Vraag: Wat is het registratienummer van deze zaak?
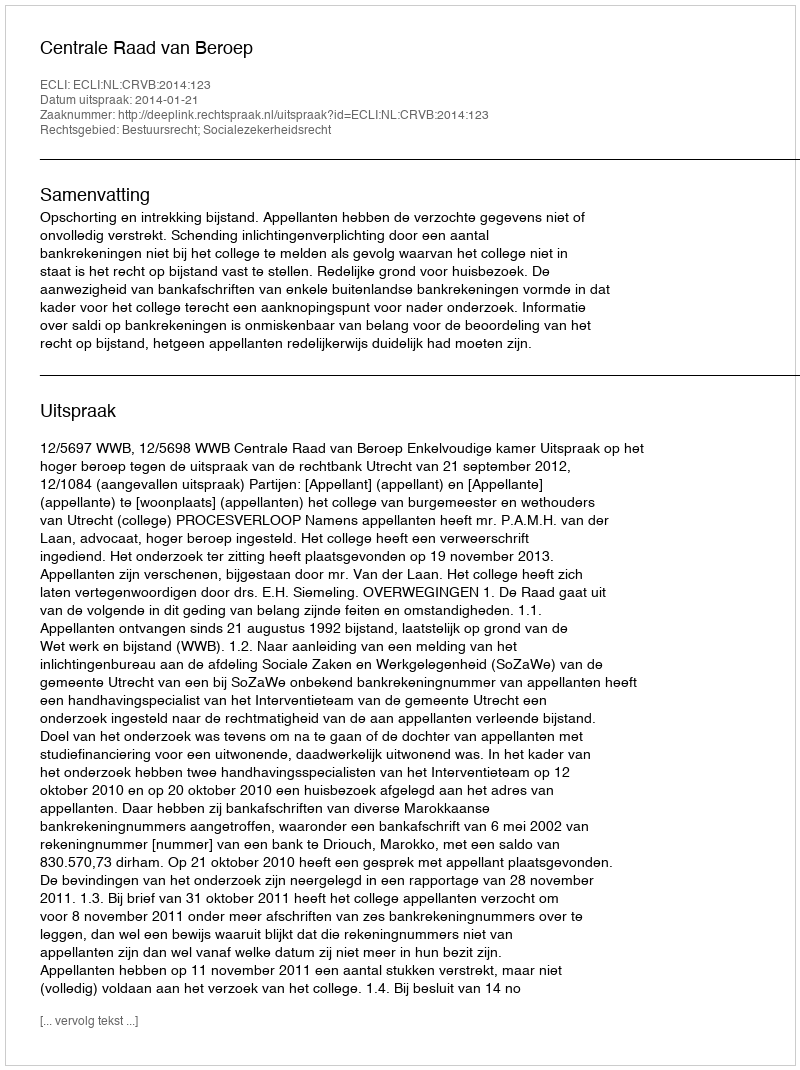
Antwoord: http://deeplink.rechtspraak.nl/uitspraak?id=ECLI:NL:CRVB:2014:123